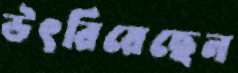
উৎরিয়েছেন